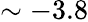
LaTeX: \sim-3.8